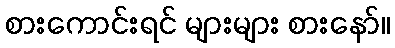
စားကောင်းရင် များများ စားနော်။